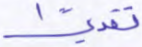
تقديرا